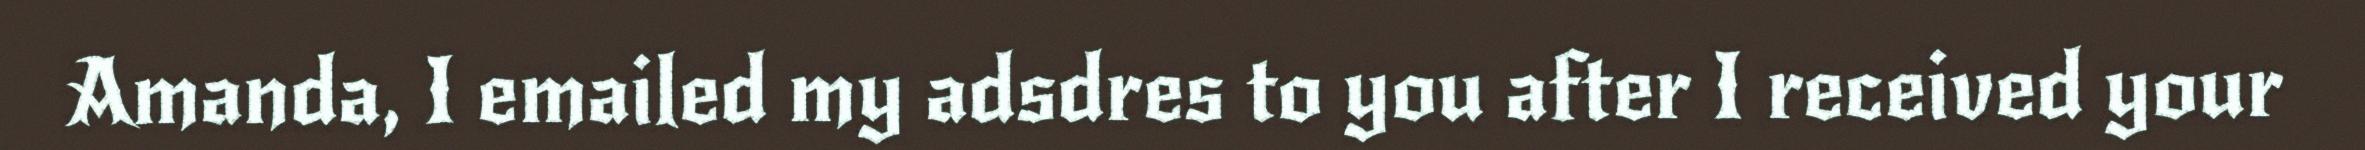
Amanda, I emailed my adsdres to you after I received your